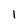
Character: 1